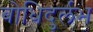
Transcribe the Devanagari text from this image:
बोधिदुर्लभ